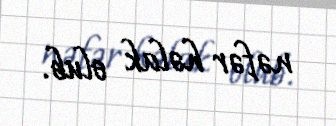
nəfər həlak olub.